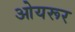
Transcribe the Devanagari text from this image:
ओयरूर